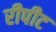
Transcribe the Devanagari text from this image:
रीपीट